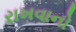
રાખવાનો